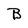
Character: B